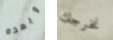
وبعده نخرجك